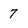
Character: 7